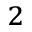
_ 2